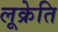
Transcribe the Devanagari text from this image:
लूक्रेति